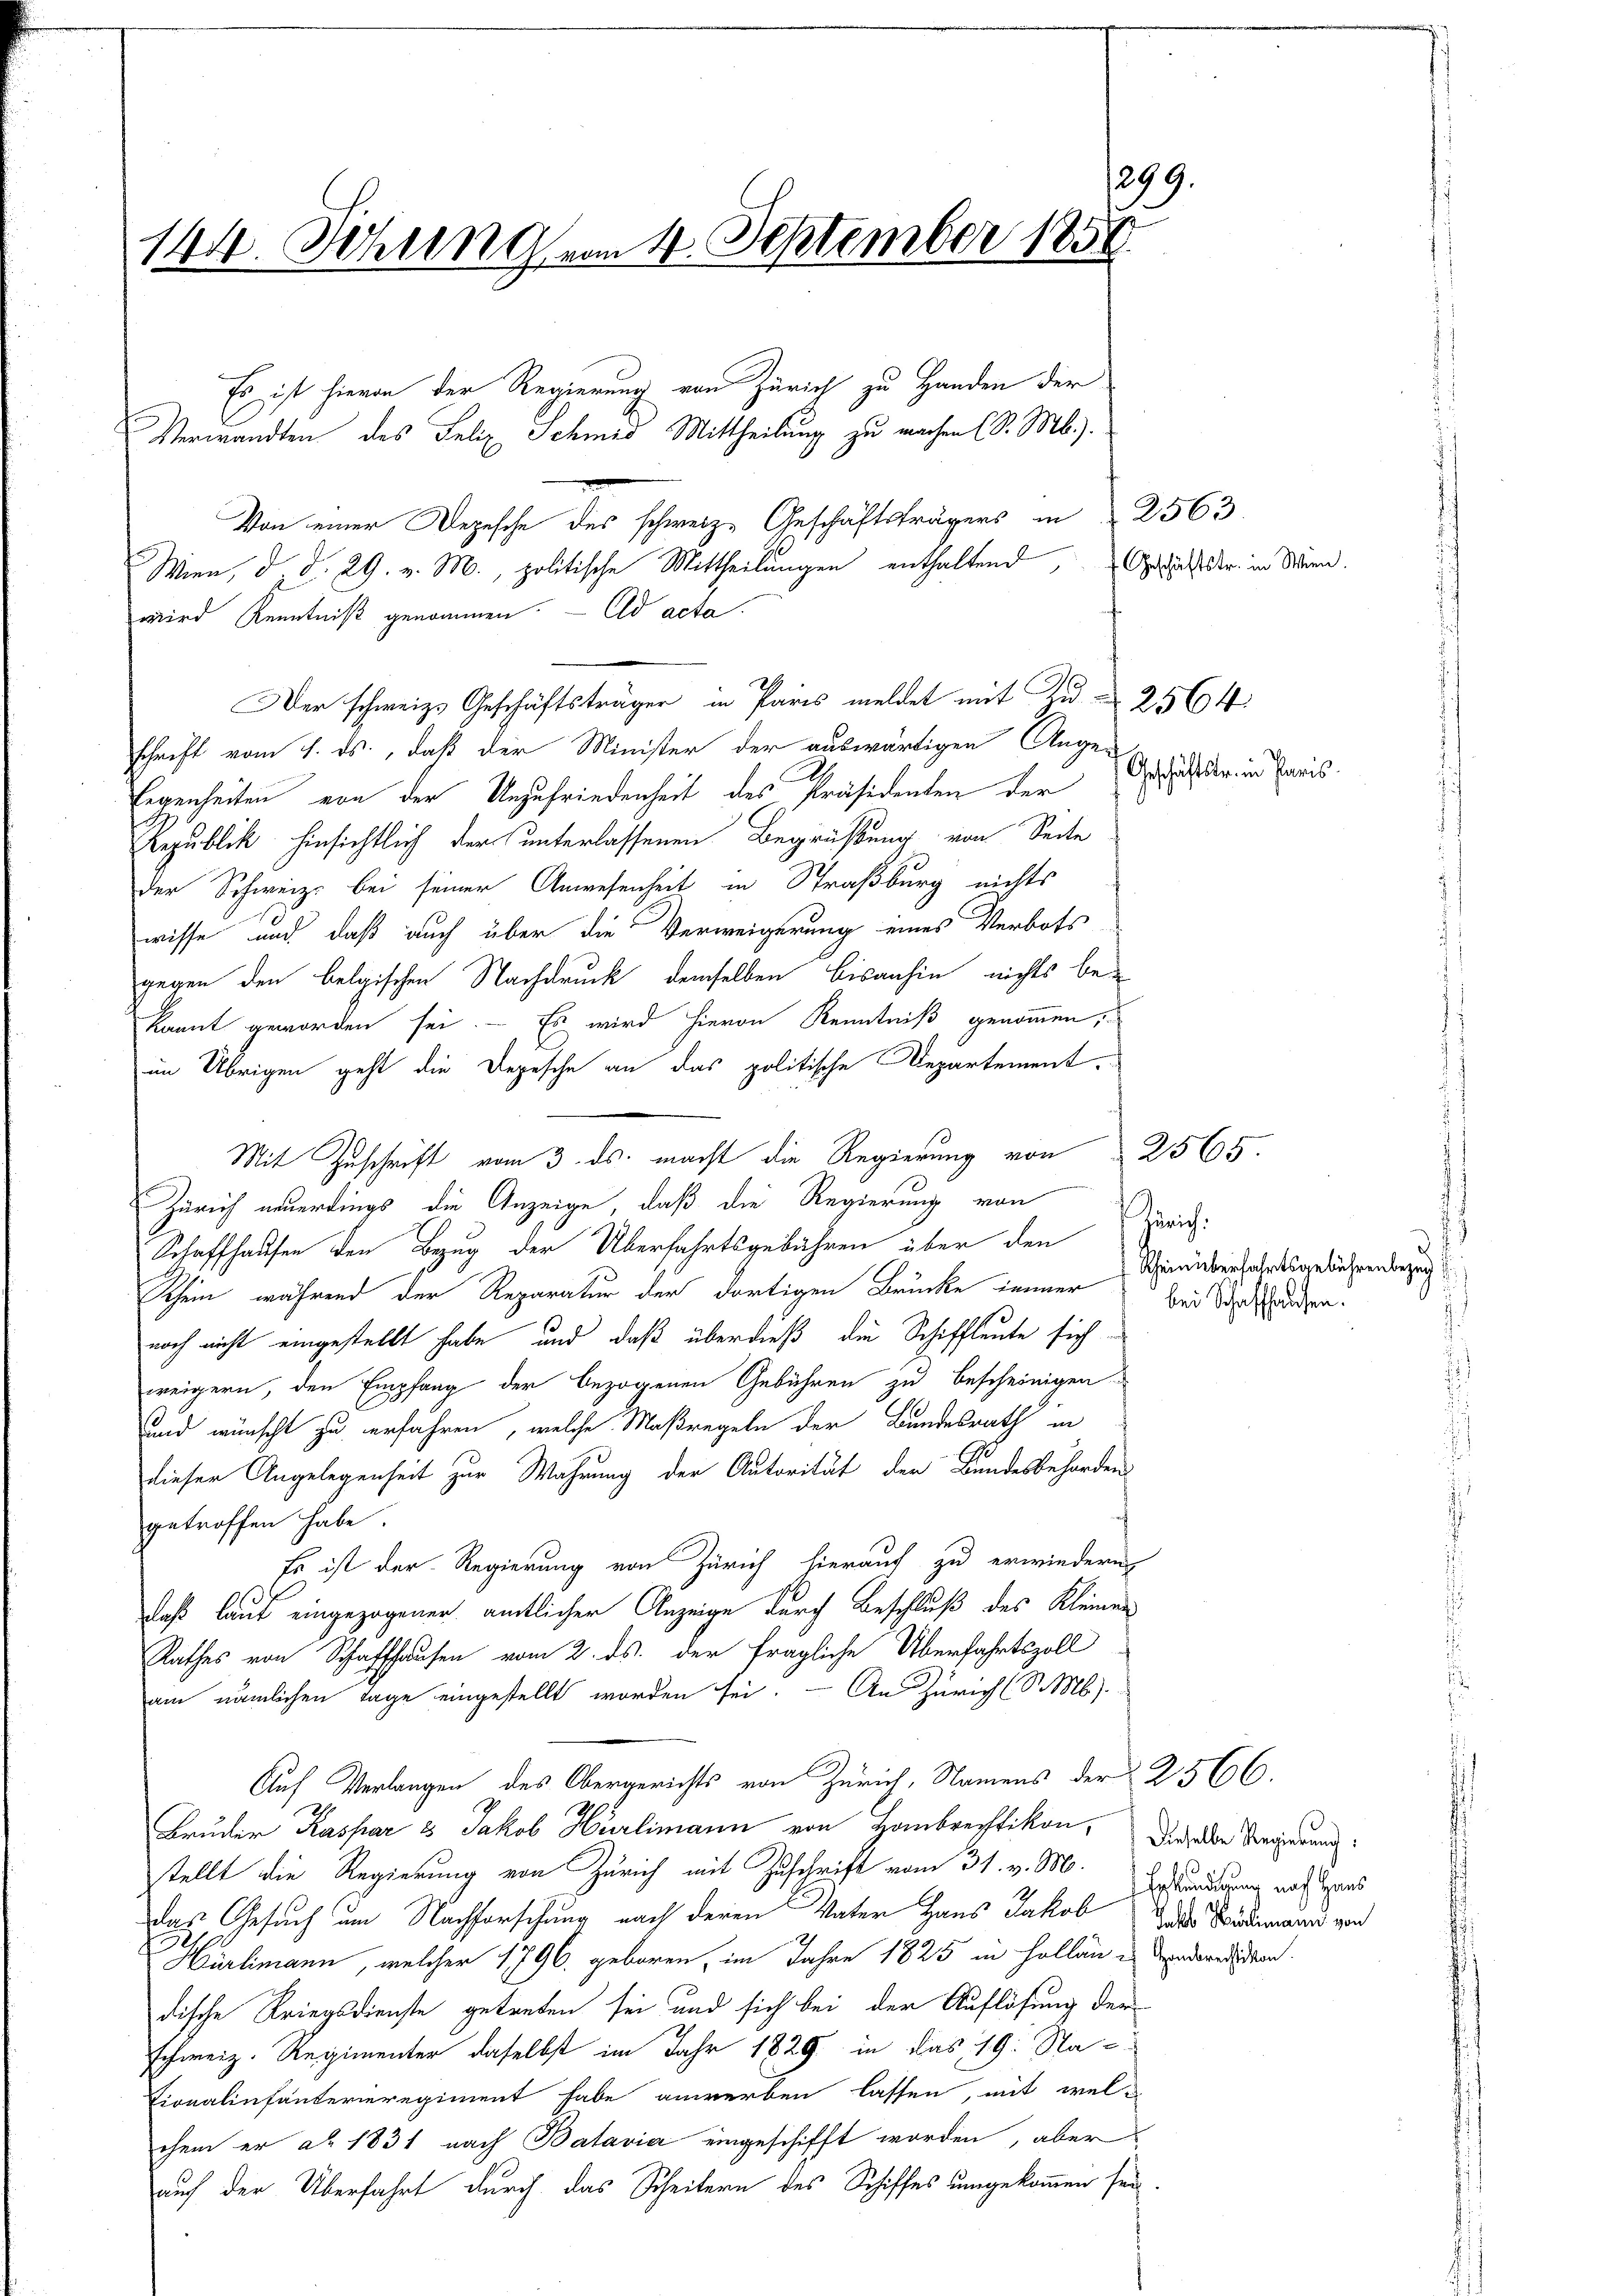
279.
144. Sitzung vom 4. September 1858

Es ist hievon der Regierung von Zürich zu Handen der
Verwandten des Felix Schmed Mittheilung zu machen (S. Mb.).
Von einer Depesche des schweiz. Geschäftsträgers in 2563
Wien, d. d. 29. v. M., politische Mittheilungen enthaltend
wird Kenntniß genommen. - Ad acta.
Der schweiz. Geschäftsträger in Pares meldet mit Zu- 2564
schrift vom 7. ds., daß der Minister der auswärtigen Ange-
Eegenheiten von der Unzufriedenheit des Präsidenten der
Republick hinsichtlich der unterlassenen Begrüßung von Seite
der Schweiz. bei seiner Anwesenheit in Straßburg nichts
wisse und daß auch über die Verweigerung eines Verbots
gegen den belgischen Nachdruck demselben bisanhin nichts be-
kannt geworden sei. - Es wird hievon Kenntniß genommen,
im Übrigen geht die Depesche an das politische Departement
Mit Zuschrift vom 3. ds. macht die Regierung von 2565.
Zürich neuerdings die Anzeige, daß die Regierung von
Schaffhausen den Bezug der Überfahrtsgebühren über den
Schein, während der Reparatur der dortigen Brücke immer bei Schaden.
noch nicht eingestellt habe und daß überdieß die Schiffleute sich
weigern, den Empfang der bezogenen Gebühren zu bescheinigen
und wünscht zu erfahren, welche Maßregeln der Bundesrath in
dieser Angelegenheit zur Wahrung der Autorität der Bundesbehörden
getroffen habe.
Er ist der Regierung von Zürich hierauf zu erwiedern
daß laut eingezogener amtlicher Anzeige durch Beschluß des Kleinen
Rathes von Schaffhausen vom 2. ds. der fragliche Überfahrtszoll
am nämlichen Tage eingestellt worden sei. — An Zürich (S. Mb).
Auf Verlangen des Obergerichts von Zürich, Namens der 2566.
Bruder Kaspar & Jakob Hürlimann von Hombrechtikon,
stellt die Regierung von Zürich mit Zuschrift vom 31. v. M.
Das Gesuch um Nachforschung nach deren Vater Haus Jakob Goder Tradimann von
Hürlimann, welcher 1796. geboren, im Jahre 1825 in Hollane andernd den
dische Kriegsdienste getreten sei und sich bei der Auflösung der
schweiz. Regimenter daselbst im Jahr 1829 in das 19. Na-
Eionalinfanterieregiment habe anwerben lassen, mit welchem er ad 1831 nach Batavia eingeschifft worden, aber
auf der Überfahrt durch das Scheitern des Schiffes umgekommen sei

Geschäftstr. in Wien.

Geschäftster in Paris

Zürich.

Rheinüberfahrtsgebührenbezug

Dieselbe Regierung:
Erständigung nach Haus